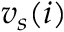
{ v _ { s } } ( i )